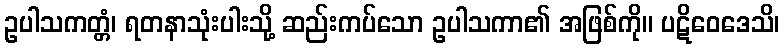
ဥပါသကတ္တံ၊ ရတနာသုံးပါးသို့ ဆည်းကပ်သော ဥပါသကာ၏ အဖြစ်ကို။ ပဋိဝေဒေသိ၊